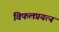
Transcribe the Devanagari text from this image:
विफलप्रयत्न